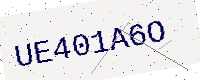
Text: UE401A6O